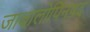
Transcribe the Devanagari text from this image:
जाबालोपिनषद